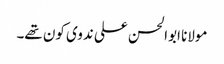
مولانا ابوالحسن علی ندوی کون تھے۔